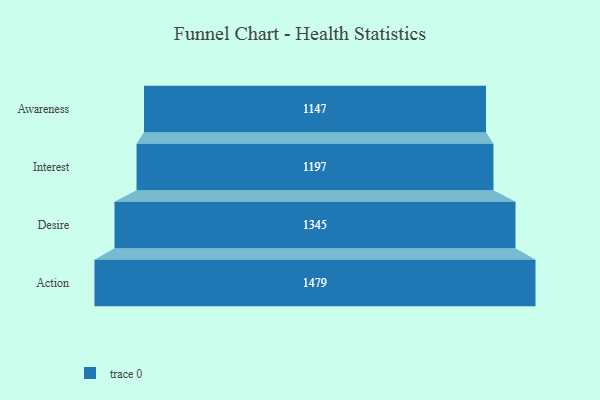
{"axis": {"x": "Stage", "y": "Value"}, "legend": [""], "data": [{"x": "Awareness", "y": 1147.0, "type": ""}, {"x": "Interest", "y": 1197.0, "type": ""}, {"x": "Desire", "y": 1345.0, "type": ""}, {"x": "Action", "y": 1479.0, "type": ""}]}